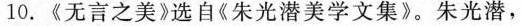
10.《无言之美》选自《朱光潜美学文集》。朱光潜，